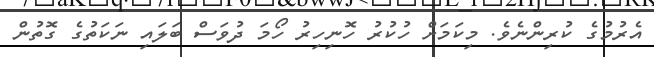
އެރުމުގެ ކުރިންނެވެ. މިކަމަށް ހުކުރު ހޮނިހިރު ހޯމަ ދުވަސް ބަލައި ނަކަތުގެ ގޮތުން